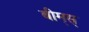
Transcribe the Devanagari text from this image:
बीम्‌स्‌